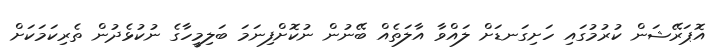
އޮޕަރޭޝަން ކުރުމުގައި ހަށިގަނޑަށް ލައްވާ އާލަތެއް ބޭނުން ނުކޮށްފިނަމަ ބަލިމީހާގެ ނުކުޅެދުން ތެރިކަމަކަށް